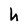
Character: h